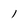
Character: l